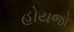
હોયજો